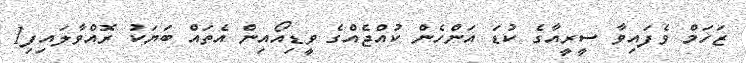
ޒަހަމް ވެފައިވާ ސީރީއާގެ ކުޑަ އަންހެން ކުއްޖެއްގެ ވީޑިއޯއިން އެތައް ބަޔަކު ރޮއްވާލައިފި1